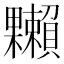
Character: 𣡙